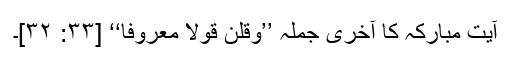
آیت مبارکہ کا آخری جملہ ’’وَقُلْنَ قَوْلًا مَّعْرُوفًا‘‘ [۳۳: ۳۲]۔